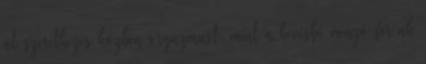
át szeretkezés közben orgazmust, mint a kevésbé vonzó férﬁak